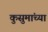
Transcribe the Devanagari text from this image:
कुसुमांच्या